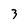
Character: 3